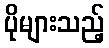
ပိုများသည့်